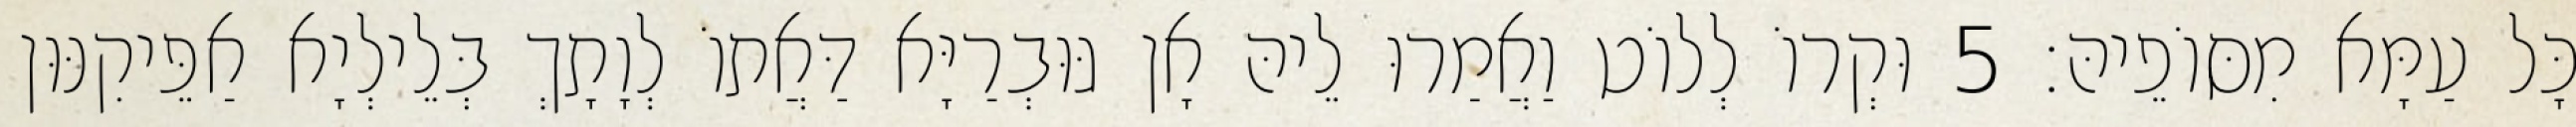
כָּל עַמָּא מִסּוֹפֵיהּ׃ 5 וּקְרוֹ לְלוֹט וַאֲמַרוּ לֵיהּ אָן גּוּבְרַיָּא דַּאֲתוֹ לְוָתָךְ בְּלֵילְיָא אַפֵּיקִנּוּן